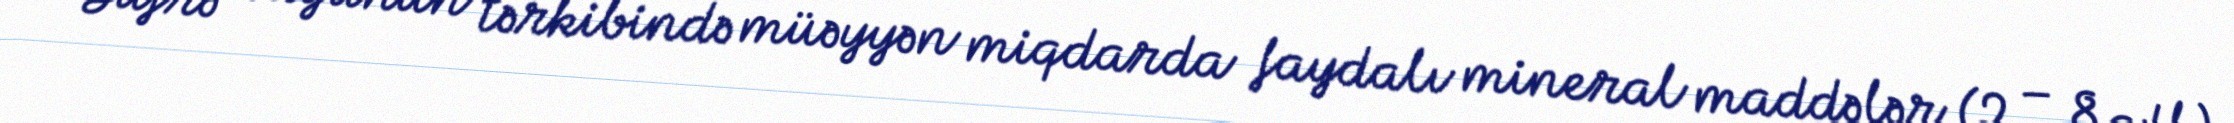
Sufrə suyunun tərkibində müəyyən miqdarda faydalı mineral maddələr (2 – 8 q/l)